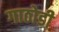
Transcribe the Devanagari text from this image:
गाठोडी